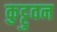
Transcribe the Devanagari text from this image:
कुट्टुवन